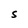
Character: S